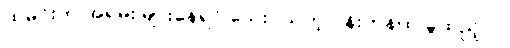
ထမင်းက အရမ်း များနေရင် သေးငယ်တဲ့ ပန်းကန်ထဲ ခွဲထည့်ပါ။